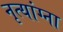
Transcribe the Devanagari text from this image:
नृत्यांग्ना